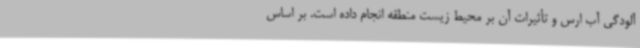
آلودگی آب ارس و تأثیرات آن بر محیط زیست منطقه انجام داده است. بر اساس